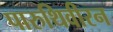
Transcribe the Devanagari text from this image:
पारुथिवीरन